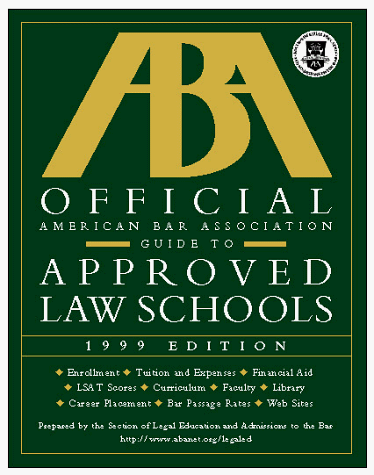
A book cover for Official American Bar Association Guide to Approved Law Schools (ABA/LSAC Official Guide to ABA-Approved Law Schools); Americam Bar Association; Education & Teaching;